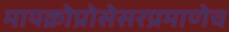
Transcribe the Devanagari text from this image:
मायक्रोप्रोसेसरप्रमाणेच